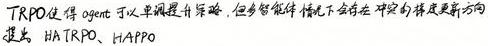
TRPO 使得 agent 可以单模型计算策略, 但多智能体情况下会存在 策略更新方向 迷失. HATRPO、HAPPO